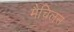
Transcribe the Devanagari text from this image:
मैचिलस